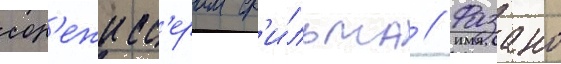
сор'ежисс'ером ф'и́льма // Фазано